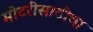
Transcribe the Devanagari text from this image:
मोटरींसाठीचा